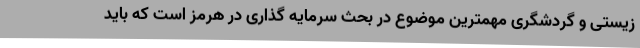
زیستی و گردشگری مهمترین موضوع در بحث سرمایه گذاری در هرمز است که باید